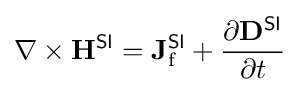
\nabla \times \mathbf {H} ^{\textsf {SI}}=\mathbf {J} _{\text{f}}^{\textsf {SI}}+{\frac {\partial \mathbf {D} ^{\textsf {SI}}}{\partial t}}